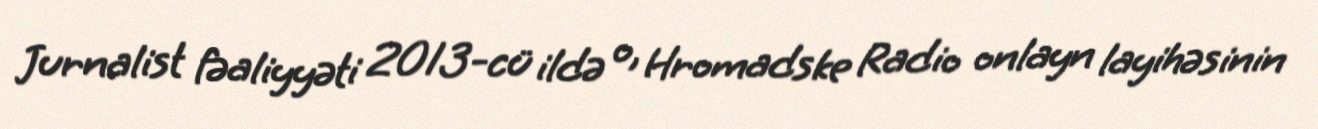
Jurnalist fəaliyyəti 2013-cü ildə o, Hromadske Radio onlayn layihəsinin